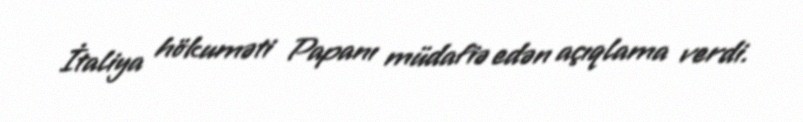
İtaliya hökuməti Papanı müdafiə edən açıqlama verdi.